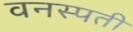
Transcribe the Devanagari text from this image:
वनस्‍पती